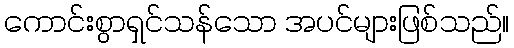
ကောင်းစွာရှင်သန်သော အပင်များဖြစ်သည်။